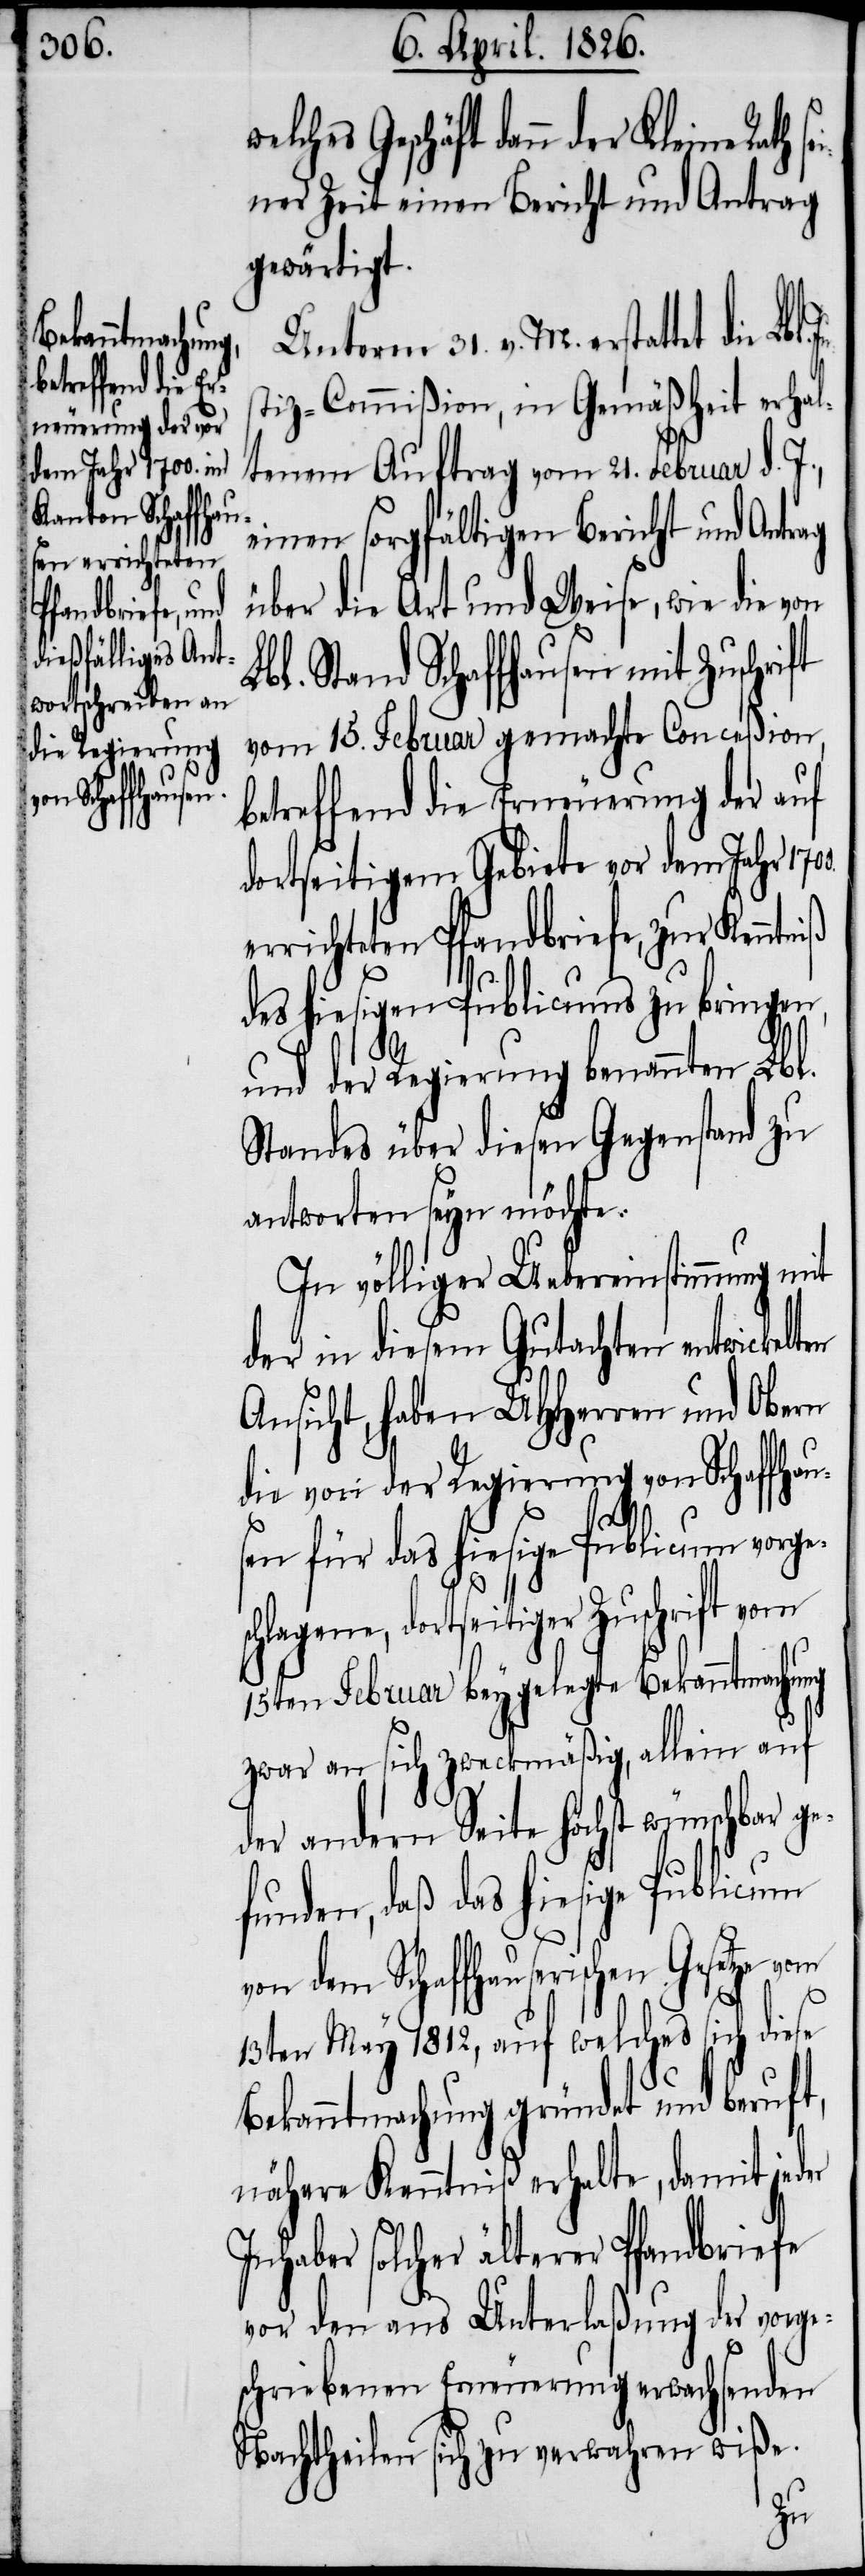
elches Geschäft dann der Kleine Rath
ner Zeit einen Bericht und Antrag
gewärtigt.
sei¬